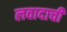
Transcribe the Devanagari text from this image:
लवादाची